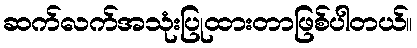
ဆက်လက်အသုံးပြုထားတာဖြစ်ပါတယ်။